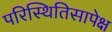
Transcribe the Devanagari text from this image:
परिस्थितिसापेक्ष